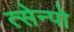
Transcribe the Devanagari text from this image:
त्सेन्पो